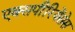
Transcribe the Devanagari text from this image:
एक्सपीरियेंसेस